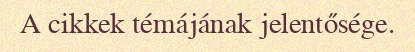
A cikkek témájának jelentősége.